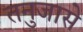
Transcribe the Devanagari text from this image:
तनुजासे